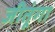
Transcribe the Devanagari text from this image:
जीतूंगा